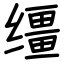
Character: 缰